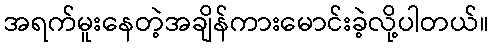
အရက်မူးနေတဲ့အချိန်ကားမောင်းခဲ့လို့ပါတယ်။